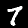
Label: 7